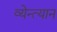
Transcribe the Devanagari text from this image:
व्येन्त्यान